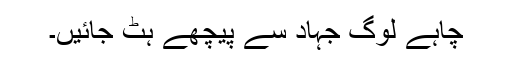
چاہے لوگ جہاد سے پیچھے ہٹ جائیں۔